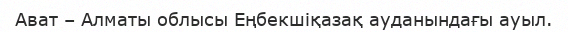
Ават – Алматы облысы Еңбекшіқазақ ауданындағы ауыл.